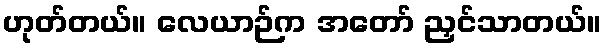
ဟုတ်တယ်။ လေယာဉ်က အတော် ညှင်သာတယ်။